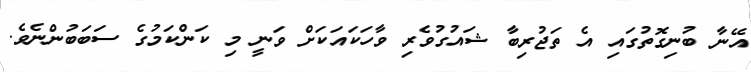
އޭނާ ބުނިގޮތުގައި އެ ތަޖުރިބާ ޝައުގުވެރި ވާހަކައަކަށް ވަނީ މި ކަންކަމުގެ ސަބަބުންނެވެ.